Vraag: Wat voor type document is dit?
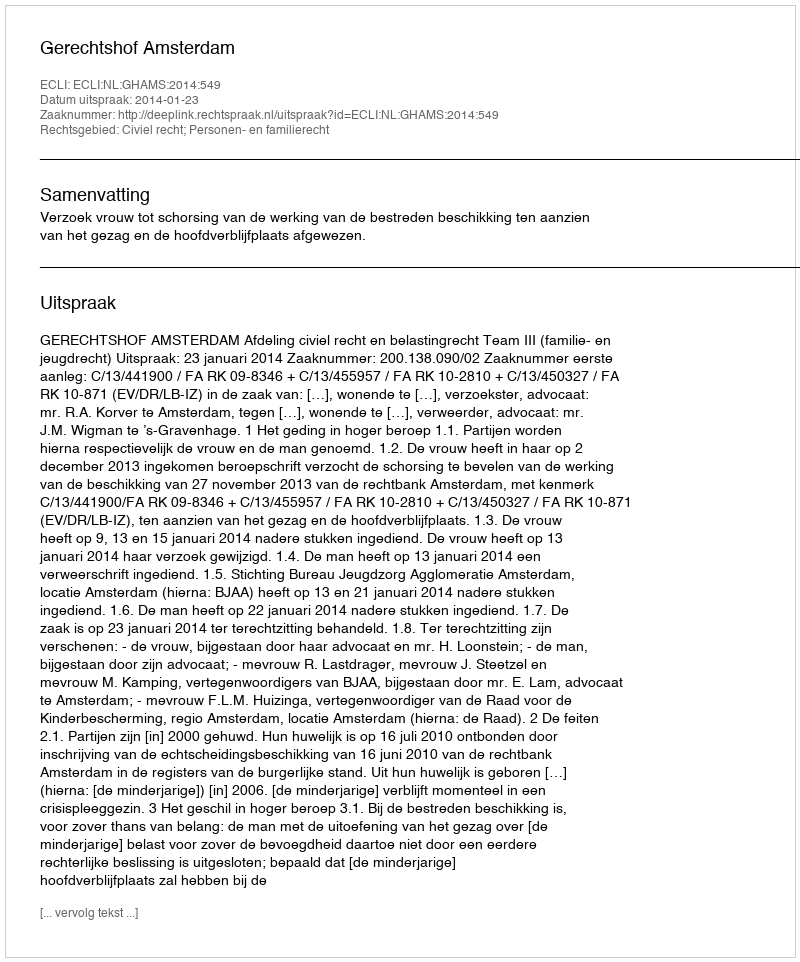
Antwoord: Uitspraak